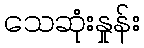
သေဆုံးနှုန်း